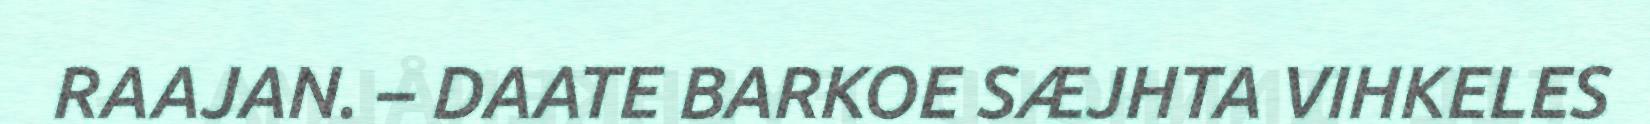
RAAJAN. – DAATE BARKOE SÆJHTA VIHKELES